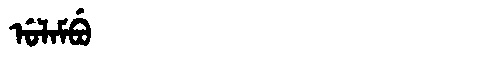
Manchu: ᡠᠯᠠᠮᠪᡠ
Romanization: ULAMBU